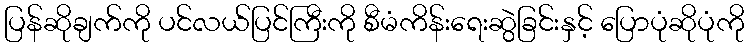
ပြန်ဆိုချက်ကို ပင်လယ်ပြင်ကြီးကို စီမံကိန်းရေးဆွဲခြင်းနှင့် ပြောပုံဆိုပုံကို